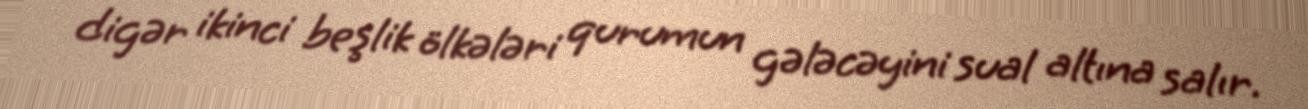
digər ikinci beşlik ölkələri qurumun gələcəyini sual altına salır.